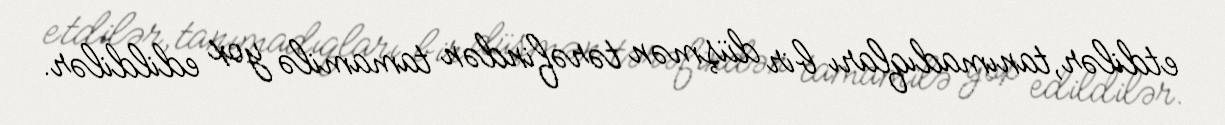
etdilər,tanımadıqları bir düşmən tərəfindən tamamilə yox edildilər.